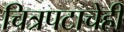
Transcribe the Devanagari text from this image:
चित्रपटाचेही